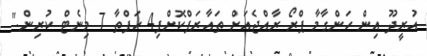
އުރީދޫ އިން ހަންގާމާ ޕްރޯ ރާއްޖެއަށް ތައާރަފްކޮށްފި4 ހަފްތާ 7 މިނެޓް ކުރިން."